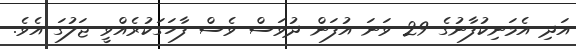
އަދި އެމަނިކުފާނުގެ 29 ވަަނަ އުފަން ދުވަސް ވެސް ފާހަގަކުރެއްވީ ޖަލުގަ އެވެ.